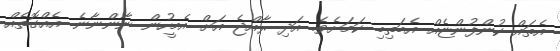
އެތައް ކުންފުންޏެއް އެބަތިބި ކަމަށެވެ. އަދި ރާއްޖެ އަށް އެމީހުން ނާންނާނެ އެއްގޮތެއް